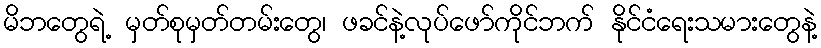
မိဘတွေရဲ့ မှတ်စုမှတ်တမ်းတွေ၊ ဖခင်နဲ့လုပ်ဖော်ကိုင်ဘက် နိုင်ငံရေးသမားတွေနဲ့